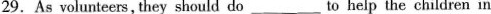
29.As volunteers, they should do ___ to help the children in